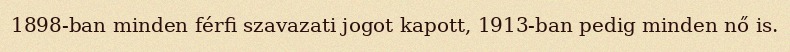
1898-ban minden férfi szavazati jogot kapott, 1913-ban pedig minden nő is.